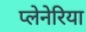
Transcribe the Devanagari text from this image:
प्लेनेरिया